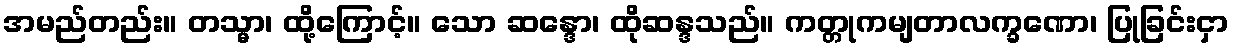
အမည်တည်း။ တသ္မာ၊ ထို့ကြောင့်။ သော ဆန္ဒော၊ ထိုဆန္ဒသည်။ ကတ္တုကမျတာလက္ခဏော၊ ပြုခြင်းငှာ